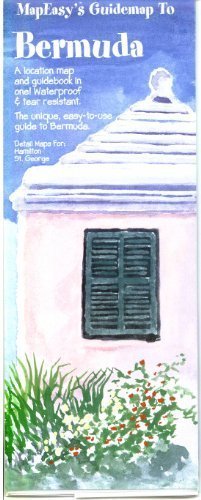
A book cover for MapEasy's GuideMap to Bermuda (Mapeasy's Guidemaps); Chris Harris; Travel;